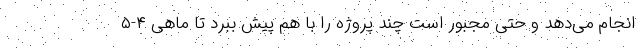
انجام می‌دهد و حتی مجبور است چند پروژه را با هم پیش ببرد تا ماهی ۴-۵